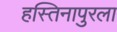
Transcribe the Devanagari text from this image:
हस्तिनापुरला